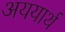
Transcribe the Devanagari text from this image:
अययार्थ